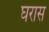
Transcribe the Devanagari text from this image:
घरास